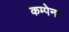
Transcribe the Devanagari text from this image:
कम्पेनर